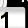
Digit: 1